Annual report of the Punjab Veterinary College and of the Civil Veterinary Department, Punjab - 1926-1932
Year: 1926
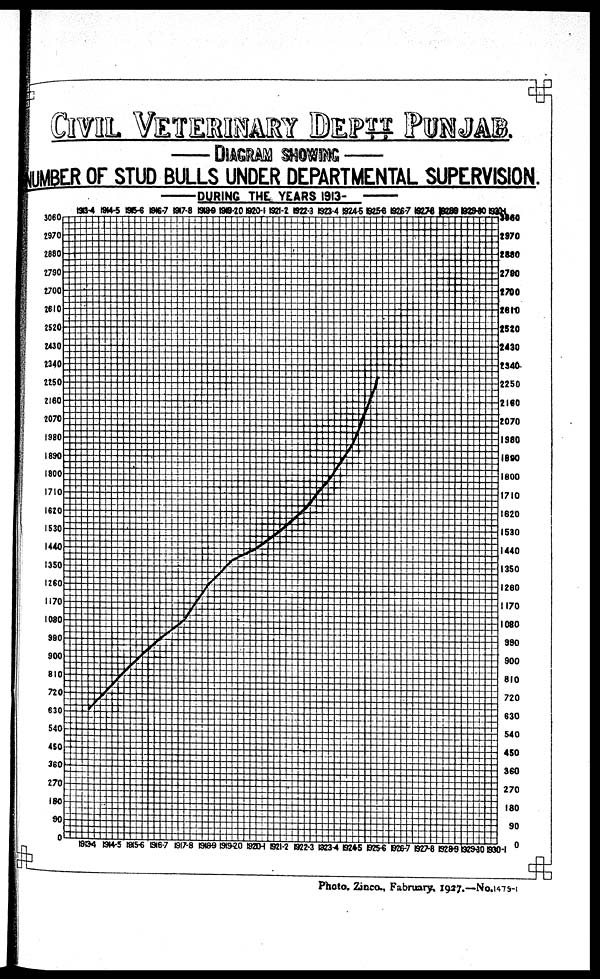
CIVIL VETERINARY DEPTT PUN
DIAGRAM SHOWING
NUMBER OF STUD BULLS UNDER DEPARTMENTAL SUPERVISION.
DURING THE YEARS
1913.
Photo. Zinco., Fabruary. 1927.—No.1479-1